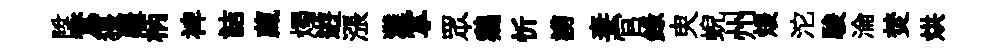
陞鶩猥疆柄裨詰藏燭逰漲灘掌眾鷄忻謭妻官錄㬰蜺州煖沱駿淪焚烘